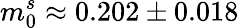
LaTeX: m_{0}^{s}\approx 0.202\pm 0.018